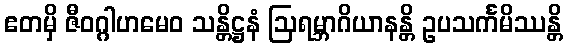
ဧတမှိ ဇီဝဂ္ဂါဟမေဝ သန္တိဋ္ဌနံ ဩရမ္ဘာဂိယာနန္တိ ဥပသင်္ကမိဿန္တိ